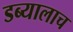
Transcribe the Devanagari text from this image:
डब्यालाच